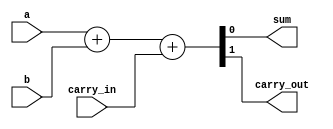
module adder_cell (
    input wire a,
    input wire b,
    input wire carry_in,
    output reg sum,
    output reg carry_out
);

assign {carry_out, sum} = a + b + carry_in;

endmodule